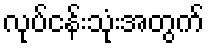
လုပ်ငန်းသုံးအတွက်